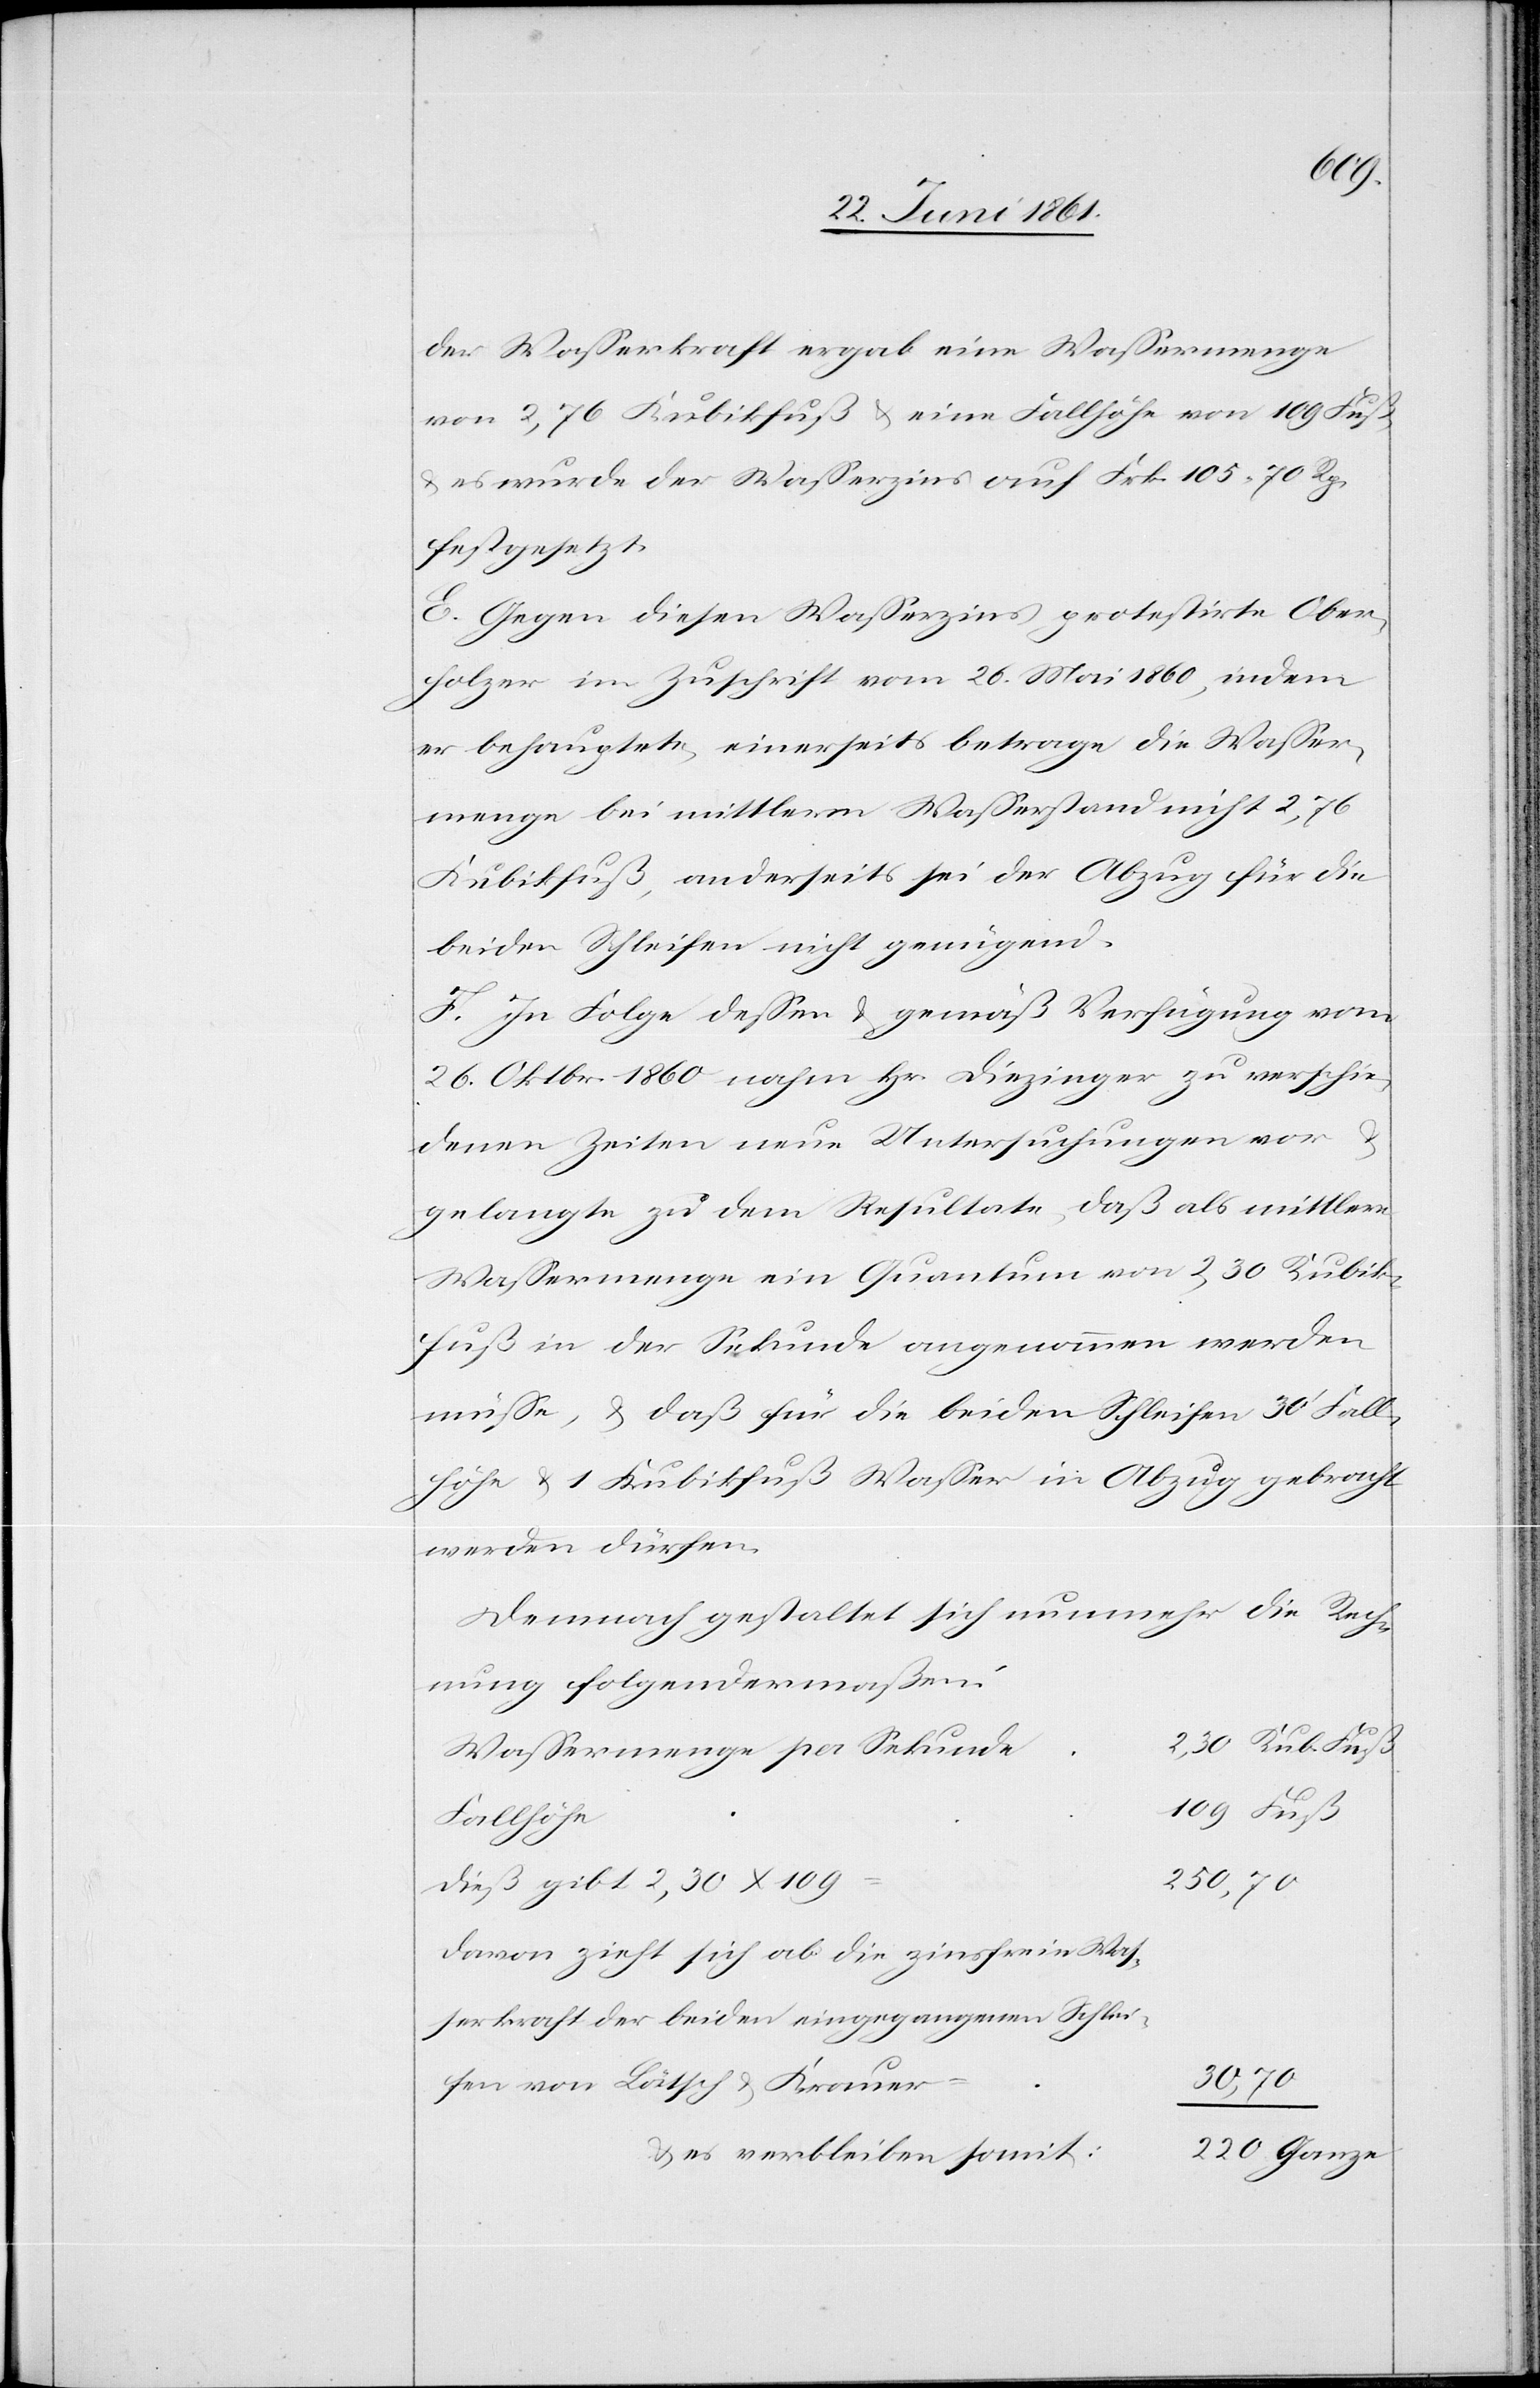
109
der Wasserkraft ergab eine Wassermenge
von 2,76 Kubikfuß u. eine Fallhöhe von 109 Fuß,
u. es wurde der Wasserzins auf Frk. 105 70 Rp.
festgesetzt.
E. Gegen diesen Wasserzins protestirte Ober¬
holzer in Zuschrift vom 26. Mai 1860, indem
er behauptete, einerseits betrage die Wasser¬
menge bei mittlerm Wasserstand nicht 2,76
Kubikfuß, anderseits sei der Abzug für die
beiden Schleifen nicht genügend.
F. In Folge dessen u. gemäß Verfügung vom
26. Oktbr. 1860 nahm Hr. Diezinger zu verschie¬
denen Zeiten neue Untersuchungen vor u.
gelangte zu dem Resultate, daß als mittlere
Wassermenge ein Quantum von 2,30 Kubik¬
fuß in der Sekunde angenommen werden
müsse, u. daß für die beiden Schleifen 30’ Fall
Höhe u. 1 Kubikfuß Wasser in Abzug gebracht
werden dürfen.
Demnach gestaltet sich nunmehr die Rech¬
nung folgendermaßen:
Wassermenge per Sekunde
Kub. Fuß
Fallhöhe
250,70
dieß gibt 2,30 x 109
Davon zieht sich ab die zinsfreie Was¬
serkraft der beiden eingegangenen Schlei¬
30,70
fen von Lätsch u. Krauer
es verbleiben somit